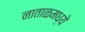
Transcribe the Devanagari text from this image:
नाताळमध्ये